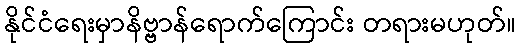
နိုင်ငံရေးမှာနိဗ္ဗာန်ရောက်ကြောင်း တရားမဟုတ်။